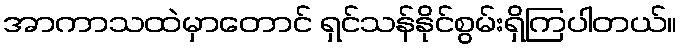
အာကာသထဲမှာတောင် ရှင်သန်နိုင်စွမ်းရှိကြပါတယ်။